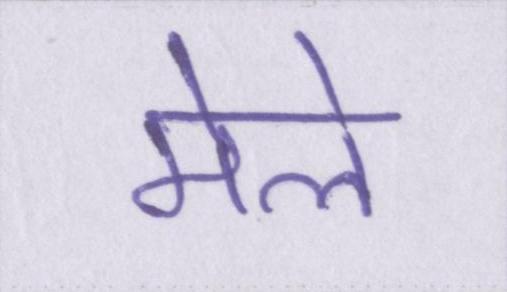
मेले